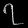
Digit: ၇